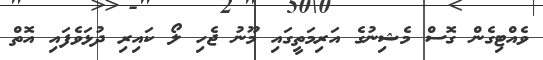
ވެއްޓިގެން ގޮސް މެޝިނުގެ އަރިމަތީގައި މޫނު ޖެހި ލޯ ކައިރި ދުޅަވެފައި އޮތް